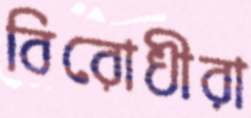
বিরোধীরা